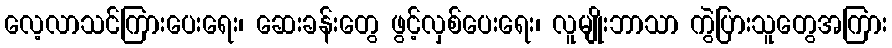
လေ့လာသင်ကြားပေးရေး၊ ဆေးခန်းတွေ ဖွင့်လှစ်ပေးရေး၊ လူမျိုးဘာသာ ကွဲပြားသူတွေအကြား